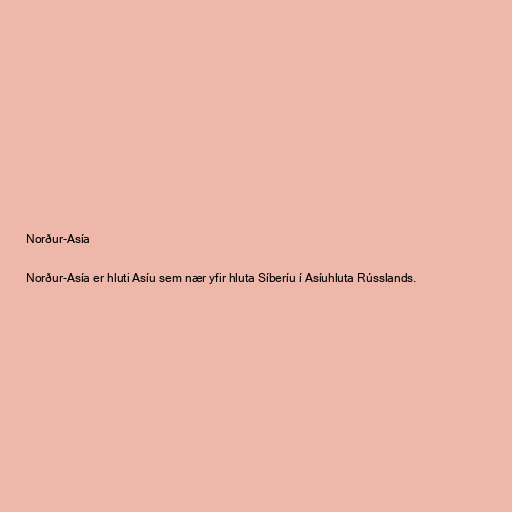
Norður-Asía

Norður-Asía er hluti Asíu sem nær yfir hluta Síberíu í Asíuhluta Rússlands.